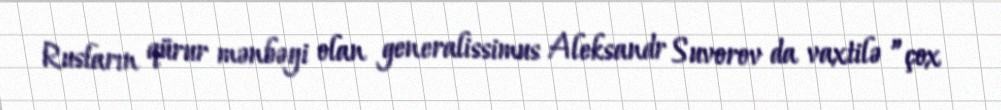
Rusların qürur mənbəyi olan generalissimus Aleksandr Suvorov da vaxtilə ”çox